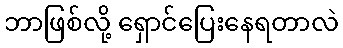
ဘာဖြစ်လို့ ရှောင်ပြေးနေရတာလဲ